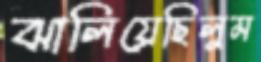
ঝালিয়েছিলুম